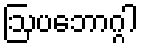
ဩပဘောဂ္ဂါ